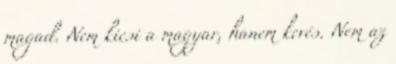
magad. Nem kicsi a magyar, hanem kevés. Nem az